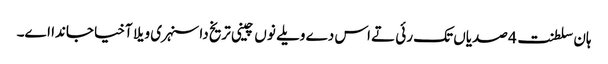
ہان سلطنت 4 صدیاں تک رئی تے اس دے ویلے نوں چینی تریخ دا سنہری ویلا آخیا جاندا اے۔